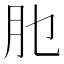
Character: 𦘮